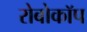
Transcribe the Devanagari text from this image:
रोबोकॉप